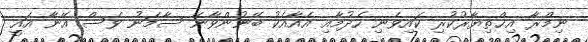
ނިމްރާ އިޚްތިޔާރުކުރި ކައިވެނި ހެދުމާއި އެއާއެކު ބޭނުންވާނޭ ސާމަނު ވެސް އޭނާ އައީ